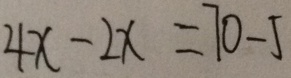
4 x - 2 x = 7 0 - 5